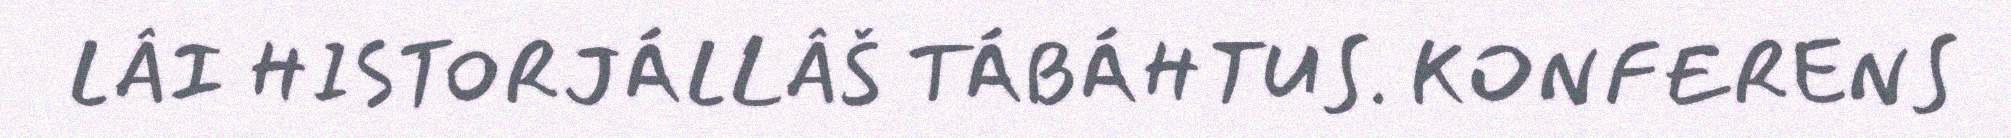
LÂI HISTORJÁLLÂŠ TÁBÁHTUS. KONFERENS